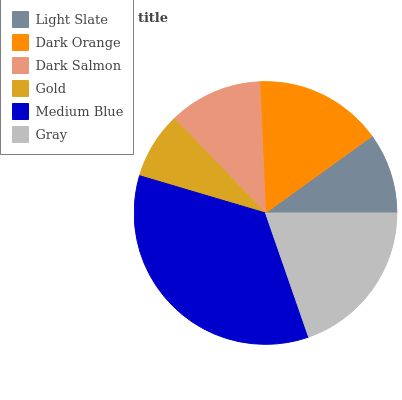
| Light Slate | Dark Orange | Dark Salmon | Gold | Medium Blue | Gray |
 | --- | --- | --- | --- | --- | --- |
 | 9.95% | 15.8% | 11.5% | 8.2% | 34.9% | 19.7% |